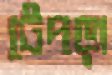
টেপড়া